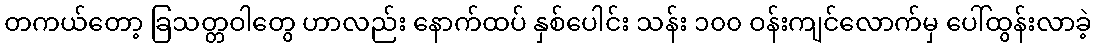
တကယ်တော့ ခြသတ္တဝါတွေ ဟာလည်း နောက်ထပ် နှစ်ပေါင်း သန်း ၁၀၀ ဝန်းကျင်လောက်မှ ပေါ်ထွန်းလာခဲ့